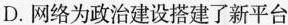
D.网络为政治建设搭建了新平台